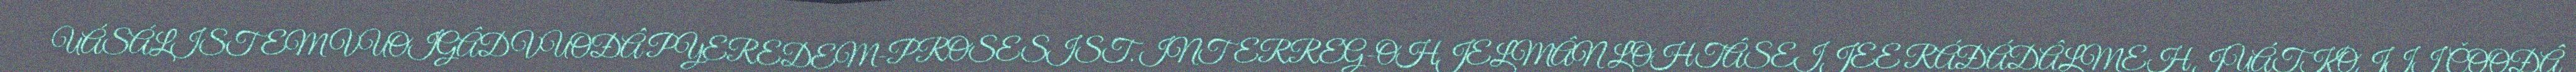
UÁSÁLISTEMVUOIGÂDVUOĐÂ PYEREDEM-PROSESIST. INTERREG-OHJELMÂN LOHTÂSEIJEE RÁĐÁDÂLMEH JUÁTKOJII ČOOĐÂ